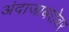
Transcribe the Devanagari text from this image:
अंदाजाबरोबर